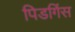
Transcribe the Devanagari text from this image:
पिडगिंस